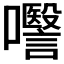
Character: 𭌱